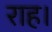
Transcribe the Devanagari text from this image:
राह।